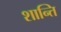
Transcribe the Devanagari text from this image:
शान्‍ति